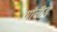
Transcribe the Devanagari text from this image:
मॉल्टेड